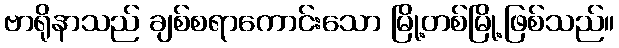
ဗာရိုနာသည် ချစ်စရာကောင်းသော မြို့တစ်မြို့ဖြစ်သည်။